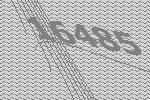
16485